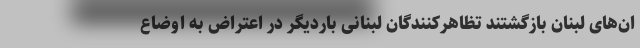
ان‌های لبنان بازگشتند تظاهرکنندگان لبنانی باردیگر در اعتراض به اوضاع